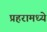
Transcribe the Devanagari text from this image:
प्रहरामध्ये